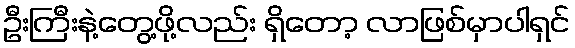
ဦးကြီးနဲ့တွေ့ဖို့လည်း ရှိတော့ လာဖြစ်မှာပါရှင်